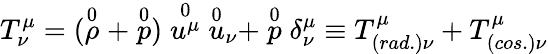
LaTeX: T_{\nu}^{\mu}=(\stackrel{0}{\rho}+\stackrel{0}{p})\stackrel{0}{{u}^{\mu}}{\stackrel{0}{u}}_{\nu}+\stackrel{0}{p}\delta_{\nu}^{\mu}\equiv T_{(rad.)\nu}^{\mu}+T_{(cos.)\nu}^{\mu}